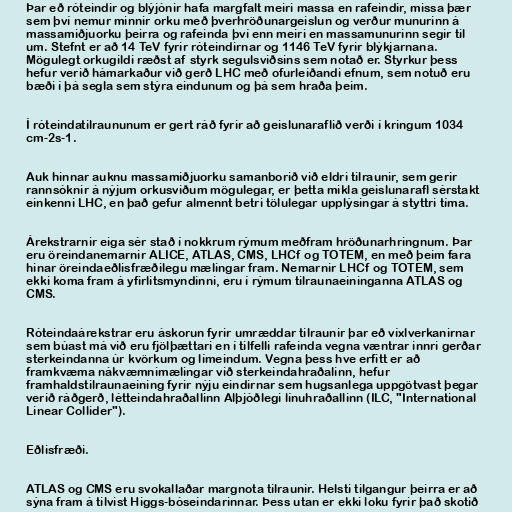
Þar eð róteindir og blýjónir hafa margfalt meiri massa en rafeindir, missa þær
sem því nemur minnir orku með þverhröðunargeislun og verður munurinn á
massamiðjuorku þeirra og rafeinda því enn meiri en massamunurinn segir til
um. Stefnt er að 14 TeV fyrir róteindirnar og 1146 TeV fyrir blýkjarnana.
Mögulegt orkugildi ræðst af styrk segulsviðsins sem notað er. Styrkur þess
hefur verið hámarkaður við gerð LHC með ofurleiðandi efnum, sem notuð eru
bæði í þá segla sem stýra eindunum og þá sem hraða þeim.

Í róteindatilraununum er gert ráð fyrir að geislunaraflið verði í kringum 1034
cm-2s-1.

Auk hinnar auknu massamiðjuorku samanborið við eldri tilraunir, sem gerir
rannsóknir á nýjum orkusviðum mögulegar, er þetta mikla geislunarafl sérstakt
einkenni LHC, en það gefur almennt betri tölulegar upplýsingar á styttri tíma.

Árekstrarnir eiga sér stað í nokkrum rýmum meðfram hröðunarhringnum. Þar
eru öreindanemarnir ALICE, ATLAS, CMS, LHCf og TOTEM, en með þeim fara
hinar öreindaeðlisfræðilegu mælingar fram. Nemarnir LHCf og TOTEM, sem
ekki koma fram á yfirlitsmyndinni, eru í rýmum tilraunaeininganna ATLAS og
CMS.

Róteindaárekstrar eru áskorun fyrir umræddar tilraunir þar eð víxlverkanirnar
sem búast má við eru fjölþættari en í tilfelli rafeinda vegna væntrar innri gerðar
sterkeindanna úr kvörkum og límeindum. Vegna þess hve erfitt er að
framkvæma nákvæmnimælingar við sterkeindahraðalinn, hefur
framhaldstilraunaeining fyrir nýju eindirnar sem hugsanlega uppgötvast þegar
verið ráðgerð, létteindahraðallinn Alþjóðlegi línuhraðallinn (ILC, "International
Linear Collider").

Eðlisfræði.

ATLAS og CMS eru svokallaðar margnota tilraunir. Helsti tilgangur þeirra er að
sýna fram á tilvist Higgs-bóseindarinnar. Þess utan er ekki loku fyrir það skotið